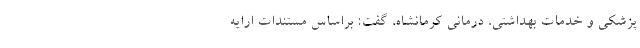
‌پزشکی و خدمات بهداشتی‌، ‌درمانی کرمانشاه، گفت: براساس مستندات ارایه